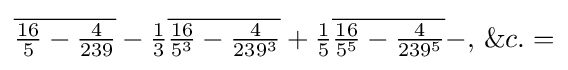
{\overline {{\tfrac {16}{5}}-{\tfrac {4}{239}}}}-{\tfrac {1}{3}}{\overline {{\tfrac {16}{5^{3}}}-{\tfrac {4}{239^{3}}}}}+{\tfrac {1}{5}}{\overline {{\tfrac {16}{5^{5}}}-{\tfrac {4}{239^{5}}}}}-,\,\&c.=